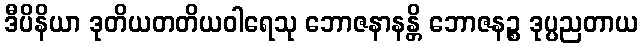
ဒီပိနိယာ ဒုတိယတတိယဝါရေသု ဘောဇနာနန္တိ ဘောဇနဉ္စ ဒုပ္ပညတာယ